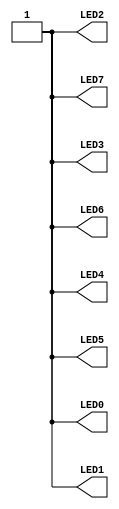
//-- Turn on all the leds

module leds(output wire LED0,
            output wire LED1,
            output wire LED2,
            output wire LED3,
            output wire LED4,
            output wire LED5,
            output wire LED6,
            output wire LED7);

assign LED0 = 1'b1;
assign LED1 = 1'b1;
assign LED2 = 1'b1;
assign LED3 = 1'b1;
assign LED4 = 1'b1;
assign LED5 = 1'b1;
assign LED6 = 1'b1;
assign LED7 = 1'b1;

endmodule